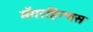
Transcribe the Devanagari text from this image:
मॅगरहिन्चस